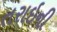
તરાઇની